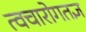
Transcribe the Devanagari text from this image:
त्वचारोगतज्ञ